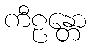
ကီဠန္တော